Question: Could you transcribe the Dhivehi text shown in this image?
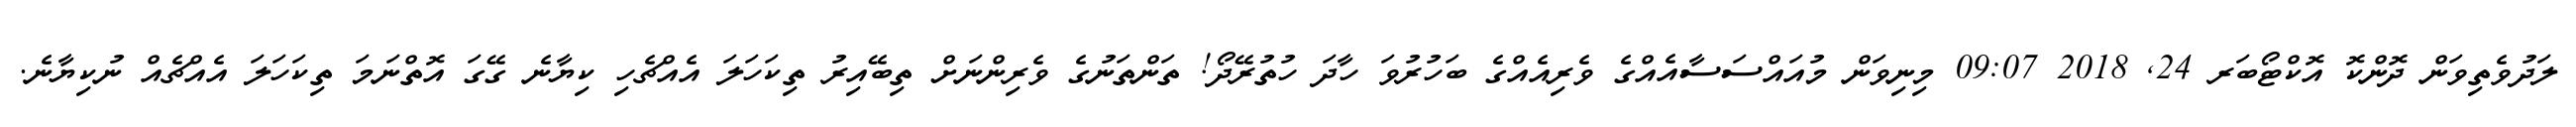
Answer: ލަދުވެތިވަން ދޮންކޮ އޮކްޓޯބަރ 24, 2018 09:07 މިނިވަން މުއައްސަސާއެއްގެ ވެރިއެއްގެ ބަހުރުވަ ހާދަ ހުތުރޭދޯ! ތަންތަނުގެ ވެރިންނަށް ތިބޭއިރު ތިކަހަލަ އެއްޗެހި ކިޔާނެ ގޭގަ އޮތްނަމަ ތިކަހަލަ އެއްޗެއް ނުކިޔާނެ.